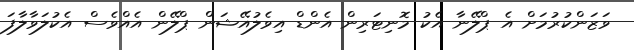
ވަޒަންކުރުމަށް އެ ޕްލޭނާ އެކު މޮނިޓަރިން އެންޑް އިވެލުއޭޝަން ޕްލޭން އެއްވެސް އެކުލަވާލާފަ